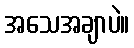
အသေအချာပဲ။